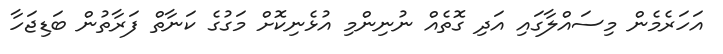
އަހަރެމެން މިސައްލާގައި އަދި ގޮތެއް ނުނިންމި އުޅެނިކޮށް މަގުގެ ކަނާތް ފަރާތުން ބަޑިޖަހާ